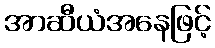
အာဆီယံအနေဖြင့်